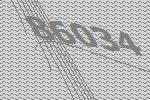
86034